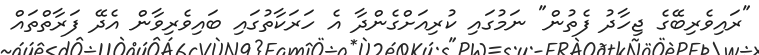
"ރައިވެރިބޭގެ ޖިހާދު ފެތުން" ނަމުގައި ކުރިއަށްގެންދާ އެ ހަރަކާތުގައި ބައިވެރިވާން އެދޭ ފަރާތްތައް